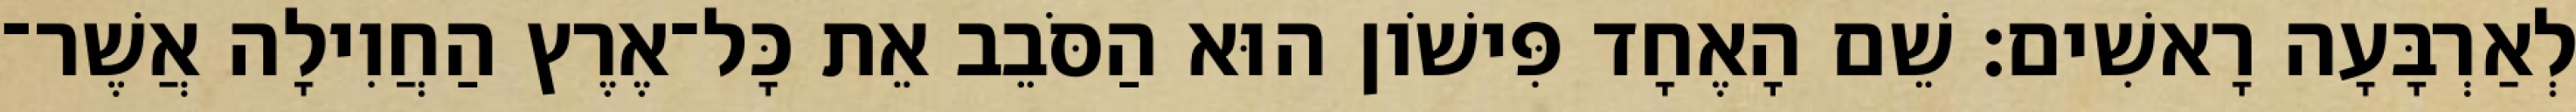
לְאַרְבָּעָה רָאשִׁים׃ שֵׁם הָאֶחָד פִּישֹׁון הוּא הַסֹּבֵב אֵת כָּל־אֶרֶץ הַחֲוִילָה אֲשֶׁר־